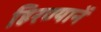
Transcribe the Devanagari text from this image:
हिरण्यानें